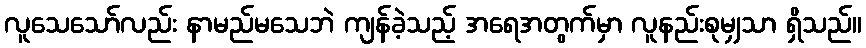
လူသေသော်လည်း နာမည်မသေဘဲ ကျန်ခဲ့သည့် အရေအတွက်မှာ လူနည်းစုမျှသာ ရှိသည်။